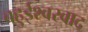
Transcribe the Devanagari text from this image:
बहुईश्वरवाद